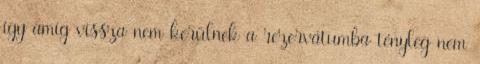
így amíg vissza nem kerülnek a rezervátumba tényleg nem